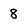
Character: 8